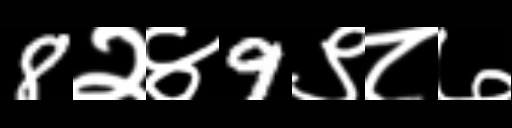
Text: 8२४9९८७